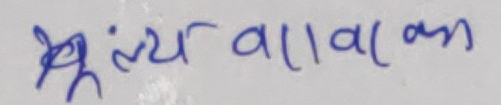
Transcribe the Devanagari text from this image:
श्रृंल्य वावाकम